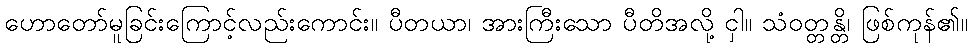
ဟောတော်မူခြင်းကြောင့်လည်းကောင်း။ ပီတယာ၊ အားကြီးသော ပီတိအလို့ ငှါ။ သံဝတ္တန္တိ၊ ဖြစ်ကုန်၏။